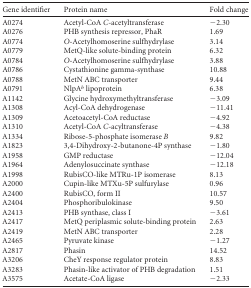
| Gene identifier | Protein name | Fold change |
 | --- | --- | --- |
 | A0274 | Acetyl-CoA C-acetyltransferase | −2.30 |
 | A0276 | PHB synthesis repressor, PhaR | 1.69 |
 | A0774 | O-Acetylhomoserine sulfhydrylase | 3.14 |
 | A0779 | MetQ-like solute-binding protein | 6.32 |
 | A0784 | O-Acetylhomoserine sulfhydrylase | 3.88 |
 | A0786 | Cystathionine gamma-synthase | 10.88 |
 | A0788 | MetN ABC transporter | 9.44 |
 | A0791 | NlpAb lipoprotein | 6.38 |
 | A1142 | Glycine hydroxymethyltransferase | −3.09 |
 | A1308 | Acyl-CoA dehydrogenase | −11.41 |
 | A1309 | Acetoacetyl-CoA reductase | −4.92 |
 | A1310 | Acetyl-CoA C-acyltransferase | −4.38 |
 | A1334 | Ribose-5-phosphate isomerase B | 9.82 |
 | A1823 | 3,4-Dihydroxy-2-butanone-4P synthase | −1.80 |
 | A1958 | GMP reductase | −12.04 |
 | A1964 | Adenylosuccinate synthase | −12.18 |
 | A1998 | RubisCO-like MTRu-1P isomerase | 8.13 |
 | A2000 | Cupin-like MTXu-5P sulfurylase | 0.96 |
 | A2400 | RubisCO, form II | 10.57 |
 | A2404 | Phosphoribulokinase | 9.50 |
 | A2413 | PHB synthase, class I | −3.61 |
 | A2417 | MetQ periplasmic solute-binding protein | 2.63 |
 | A2419 | MetN ABC transporter | 2.28 |
 | A2465 | Pyruvate kinase | −1.27 |
 | A2817 | Phasin | 14.52 |
 | A3206 | CheY response regulator protein | 8.83 |
 | A3283 | Phasin-like activator of PHB degradation | 1.51 |
 | A3575 | Acetate-CoA ligase | −2.33 |